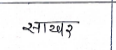
मजकूर: साखर